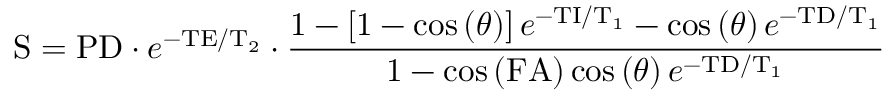
\mathrm { S } = \mathrm { P D } \cdot e ^ { - \mathrm { T E } / \mathrm { T } _ { 2 } } \cdot \frac { 1 - \left[ 1 - \cos \left( \theta \right) \right] e ^ { - \mathrm { T I } / \mathrm { T } _ { 1 } } - \cos \left( \theta \right) e ^ { - \mathrm { T D } / \mathrm { T } _ { 1 } } } { 1 - \cos \left( \mathrm { F A } \right) \cos \left( \theta \right) e ^ { - \mathrm { T D } / \mathrm { T } _ { 1 } } }